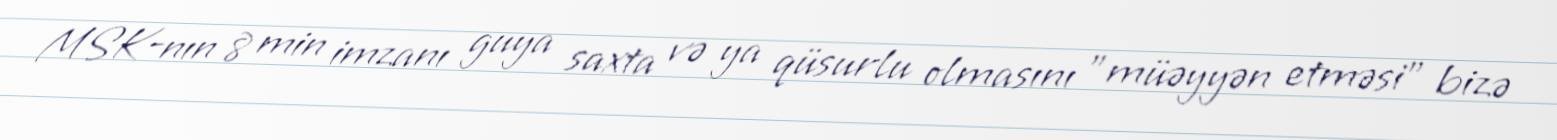
MSK-nın 8 min imzanı guya saxta və ya qüsurlu olmasını ”müəyyən etməsi" bizə